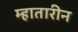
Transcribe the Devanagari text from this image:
म्हातारीन